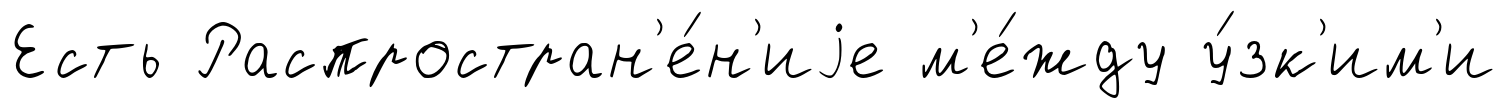
Есть Распростран'е́н'иjе м'е́жду у́зк'им'и